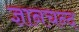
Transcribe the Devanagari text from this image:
ज्ञानचन्द